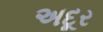
અદૂર